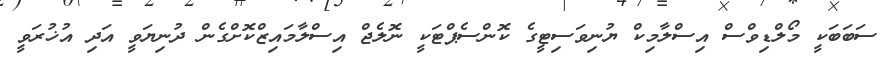
ސަބަބަކީ މޯލްޑިވްސް އިސްލާމިކް ޔުނިވަސިޓީގެ ކޮންސެޕްޓަކީ ނޮލެޖް އިސްލާމައިޒްކޮށްގެން ދުނިޔަވީ އަދި އުޚުރަވީ